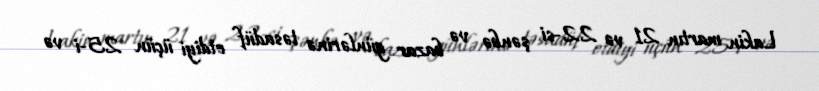
Lakin martın 21 və 22-si şənbə və bazar günlərinə təsadüf etdiyi üçün 25-i və